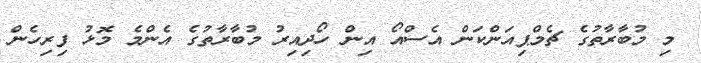
މި މުބާރާތުގެ ޗެމްޕިއަންކަން އެސްއޯ އިން ހޯދިއިރު މުބާރާތުގެ އެންމެ މޮޅު ފިރިހެން